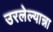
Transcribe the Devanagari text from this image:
उरलेल्यान्ना